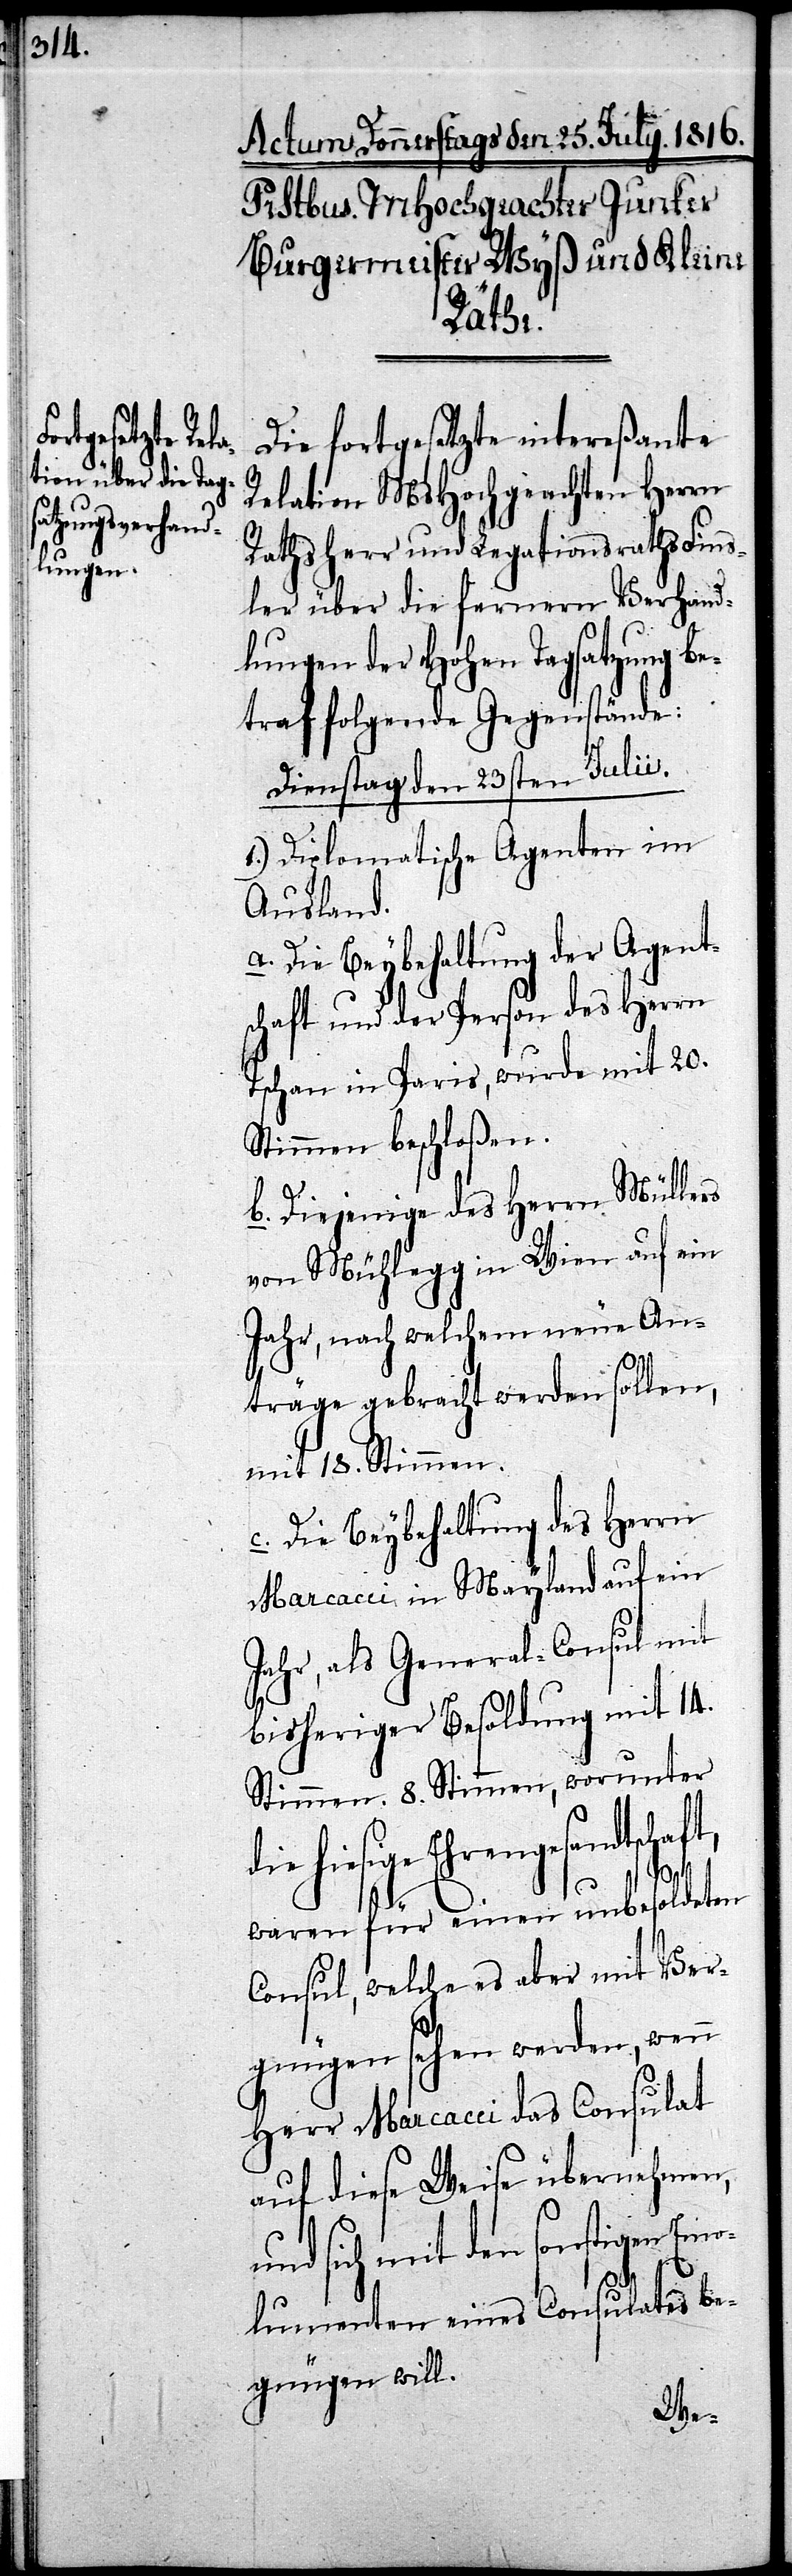
Die fortgesetzte intereßante
Relation MsHochgeachten Herrn
Rathsherr und Legationsraths Fins¬
ler über die fernern Verhand¬
lungen der Hohen Tagsatzung be¬
traf folgende Gegenstände:
Dienstag den 23sten Julii.
1.) Diplomatische Agenten im
Ausland.
a. Die Beybehaltung der Agent¬
schaft und der Person des Herrn
Tschan in Paris, wurde mit 20.
Stimmen beschloßen.
b. Diejenige des Herrn Müllers
von Mühlegg in Wien auf ein
Jahr, nach welchem neue An¬
träge gebracht werden sollen,
mit 18. Stimmen.
c. Die Beybehaltung des Herrn
Marcacci in Mayland auf ein
Jahr, als General-Consul mit
bisheriger Besoldung mit 14.
Stimmen. 8. Stimmen, worunter
die hiesige Ehrengesandtschaft,
waren für einen unbesoldeten
Consul, welche es aber mit Ver¬
gnügen sehen werden, wenn
Herr Marcacci das Consulat
auf diese Weise übernehmen,
und sich mit den sonstigen Emo¬
lumenten eines Consulates be¬
gnügen will.